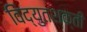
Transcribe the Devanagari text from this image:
विद्युतशक्ती